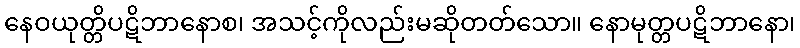
နေဝယုတ္တိပဋိဘာနောစ၊ အသင့်ကိုလည်းမဆိုတတ်သော။ နောမုတ္တပဋိဘာနော၊